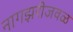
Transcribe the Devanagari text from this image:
नागझरीजवळ